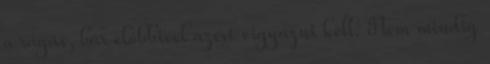
a rágás, bár előbbivel azért vigyázni kell. Nem mindig